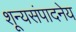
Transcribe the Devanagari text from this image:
शून्यसंपादनेय